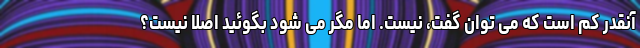
آنقدر کم است که می توان گفت، نیست. اما مگر می شود بگوئید اصلا نیست؟